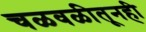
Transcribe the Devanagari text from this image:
चळवळीतूनही